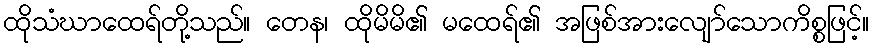
ထိုသံဃာထေရ်တို့သည်။ တေန၊ ထိုမိမိ၏ မထေရ်၏ အဖြစ်အားလျော်သောကိစ္စဖြင့်။